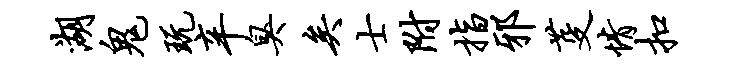
湖鬼玩辛臭矣士附指邪芟情扣